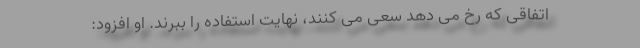
اتفاقی که رخ می دهد سعی می کنند، نهایت استفاده را ببرند. او افزود: